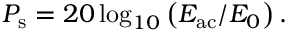
P _ { \mathrm { s } } = 2 0 \log _ { 1 0 } \left( E _ { \mathrm { a c } } / E _ { 0 } \right) .